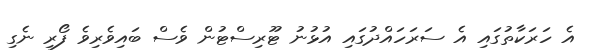
އެ ހަރަކާތުގައި އެ ސަރަހައްދުގައި އުޅުނު ޓޫރިސްޓުން ވެސް ބައިވެރިވެ ފޯރި ނެގި